Annual report on the working of the mental hospitals in the Madras Presidency - 1912-1932
Year: 1912
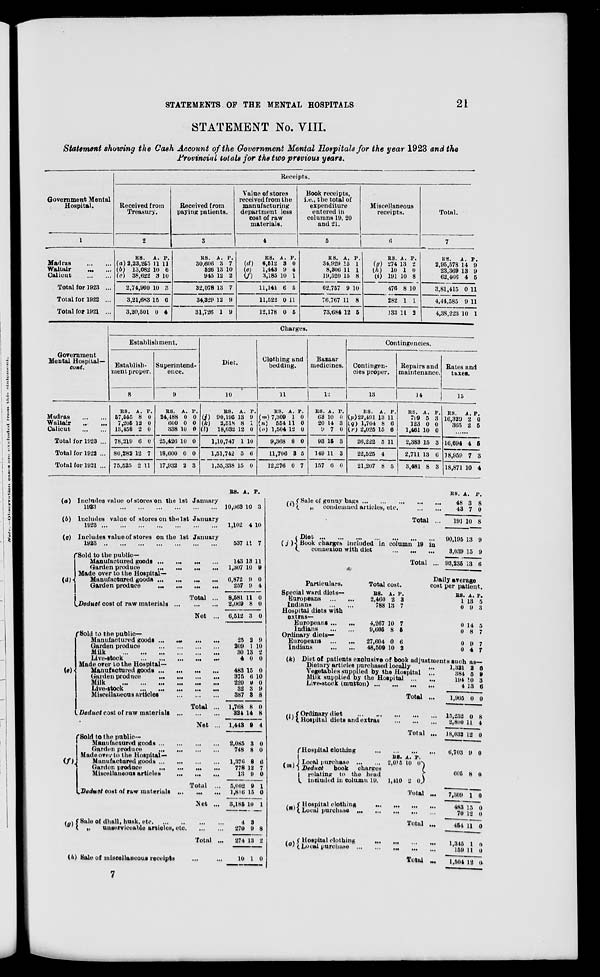
STATEMENTS OF THE MENTAL HOSPITALS
21
STATEMENT No. VIII.
Statement showing the Cash Account of the Government Mental Hospitals for the year 1923 and the
Provincial totals for the two previous years.
Government Mental
Hospital.
1
Madras
...
...
Waltair ... ...
Calicut
...
...
Total for 1923 ...
Total for 1922 ...
Total for 1921 ...
Receipts.
Received from
Treasury.
2
RS.
(a) 2,23,255
(b) 13,082
(c) 38,622
2,74,960
3,21,683
3,20,501
A.
11
10
3
10
15
0
P.
11
6
10
3
6
4
Received from
paying patients.
3
RS.
30,606
526
945
32,078
34,329
31,726
A.
3
13
12
13
12
1
P.
7
10
2
7
9
9
Value of stores
received from the
manufacturing
department less
cost of raw
materials.
4
RS.
(d)
6,512
(e)
1,443
(f)
3,185
11,141
11,522
12,178
A.
3
9
10
6
0
0
P.
0
4
1
5
11
5
Book receipts,
i.e., the total of
expenditure
entered in
columns 19, 20
and 21.
5
RS.
34,929
8,306
19,520
62,757
76,767
73,684
A.
15
11
15
9
11
12
P.
1
1
8
10
8
5
Miscellaneous
receipts.
6
RS.
(g) 274
(h)
10
(i) 191
476
282
133
A.
13
1
10
8
1
11
P.
2
0
8
10
1
2
Total.
7
RS.
2,95,578
23,369
62,466
3,81,415
4,44,585
4,38,223
A.
14
13
4
0
9
10
P.
9
9
5
11
11
1
Government
Mental Hospital—
cont.
Madras
...
...
Waltair ... ...
Calicut
...
...
Total for 1923 ...
Total for 1922 ...
Total for 1921 ...
Charges.
Establishment.
Establish-
ment proper.
8
RS.
57,555
7,205
13,458
78,219
80,282
75,525
A.
8
12
2
6
12
2
P.
0
0
0
0
7
11
Superintend-
ence.
9
RS.
24,488
600
338
25,426
18,600
17,932
A.
0
0
10
10
0
2
P.
0
0
0
0
0
3
Diet.
10
RS.
(j)
90,195
(k)
2,518
(l)
18,032
1,10,747
1,51,742
1,55,338
A.
13
8
12
1
5
15
P.
9
1
0
10
6
0
Clothing and
bedding.
11
RS.
(m) 7,309
(n)
554
(o) 1,504
9,368
11,706
12,276
A.
1
11
12
8
3
0
P.
0
0
0
0
5
7
Bazaar
medicines.
12
RS.
63
20
9
93
149
157
A.
10
14
7
15
11
6
P.
0
3
0
3
3
0
Contingencies.
Contingen-
cies proper.
13
RS.
(p) 22,491
(q) 1,704
(r) 2,025
26,222
22,525
21,207
A.
13
8
15
5
4
8
P.
11
6
6
11
5
Repairs and
maintenance.
14
RS.
799
123
1,461
2,383
2,711
3,481
A.
5
0
10
15
13
8
P.
3
0
0
3
6
3
Rates and
taxes.
15
RS.
16,329
365
A.
2
2
P.
0
5
......
16,694
18,959
18,871
4
7
10
5
3
4
(a)
(b)
(c)
(d)
Includes value of stores on the 1st January
1923
...
...
...
...
...
...
Includes value of stores on the 1st January
1923
...
...
...
...
...
...
...
Includes value of stores on the 1st January
1923
...
...
...
...
...
...
...
Sold to the public—
Manufactured goods
...
...
...
...
Garden produce
...
...
...
...
Made over to the Hospital—
Manufactured goods
...
...
...
...
Garden produce
...
...
...
...
Total ...
Deduct cost of raw materials
...
...
...
Net
...
(e)
Sold to the public—
Manufactured goods ... ... ... ...
Garden produce
...
...
...
...
Milk
...
...
...
...
...
...
Live-stock ... ... ... ... ...
Made over to the Hospital—
Manufactured goods
...
...
...
...
Garden produce
...
...
...
...
Milk
...
...
...
...
...
...
Live-stock
...
...
...
...
...
Miscellaneous articles
...
...
...
Total ...
Deduct cost of raw materials
...
...
...
Net ...
(f) Sold to the public—
Manufactured goods
...
...
...
...
Garden produce
...
...
...
...
Made over to the Hospital—
Manufactured goods
...
...
...
...
Garden produce
...
...
...
...
Miscellaneous articles
...
...
...
Total
...
Deduct
cost of raw materials ...
... ...
Net ...
(g)
Sale of dhall, husk, etc. ... ... ... ... ...
„
unserviceable articles,
etc.
...
...
Total ...
(h) Sale of miscellaneous receipts ... ...
RS.
10,063
1,102
537
A.
10
4
11
P.
3
10
7
143
1,307
13
10
11
9
6,872
257
8,581
2,069
6,512
9
9
11
8
3
0
4
0
0
0
25
209
30
4
2
1
13
0
9
10
2
0
483
375
220
32
387
1,768
324
1,443
15
6
9
3
3
8
14
9
0
10
0
9
8
0
8
4
2,085
748
3
8
0
0
1,376
778
13
5,002
1,816
3,185
4
270
274
10
8
12
9
9
15
10
3
9
13
1
6
7
0
1
0
1
8
2
0
(i) Sale of gonny bags ... ... ... ... ...
„
condemned articles, etc.
...
...
Total ...
(j)
Diet
...
...
...
...
...
...
...
Book charges included in column 19 in
connexion with diet
...
...
...
Total ...
RS.
48
43
191
90,195
3,039
93,235
A.
3
7
10
13
15
13
P.
8
0
8
9
9
6
Particulars.
Special ward diets—
Europeans
...
...
Indians
...
...
Hospital diets with
extras—
Europeans ...
...
Indians
...
...
Ordinary diets—
Europeans
...
...
Indians
...
...
Total cost.
RS.
2,460
788
A.
2
13
P.
3
7
4,267
9,605
10
8
7
5
27,604
48,509
0
10
6
2
Daily average
cost per patient.
RS.
1
0
A.
13
9
P.
5
3
0
0
14
8
5
7
0
0
9
4
7
7
(k) Diet of patients exclusive of book adjustments such as—
Dietary articles purchased locally
...
Vegetables supplied by the Hospital
...
Milk supplied by the Hospital
...
...
Live-stock (mutton)
...
...
...
...
Total ...
(l)
Ordinary diet
...
...
...
...
...
Hospital diets and extras
...
...
...
Total ...
1,321
384
194
4
1,905
15,232
2,800
18,032
2
5
10
13
0
0
11
12
6
9
3
6
0
8
4
0
(m)
Hospital clothing
...
...
...
...
Local purchase
...
...
Deduct book charges
relating to the head
included in column 19.
RS.
2,015
1,410
A.
10
2
P.
0
0
Total ...
6,703 9 0
605
7,309
8
1
0
0
(n) Hospital clothing
...
...
...
...
Local purchase
...
...
...
...
...
Total ...
(o)
Hospital clothing
...
...
...
...
Local purchase
...
...
...
...
...
Total
...
483
70
454
1 ,345
159
1,504
15
12
11
1
11
12
0
0
0
0
0
0
7